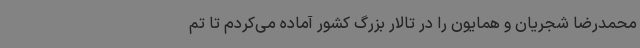
محمدرضا شجریان و همایون را در تالار بزرگ کشور آماده می‌کردم تا تم